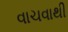
વાચવાથી